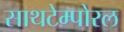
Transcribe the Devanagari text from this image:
साथटेम्पोरल